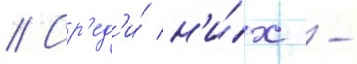
// Ср'ед'и́ н'и́х -